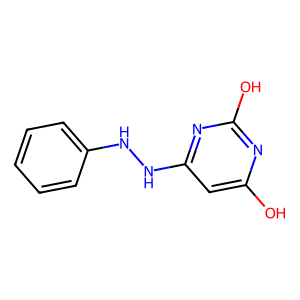
SMILES: Oc1cc(NNc2ccccc2)nc(O)n1
Inhibits HIV replication: No